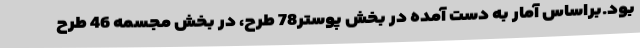
بود.براساس آمار به دست آمده در بخش پوستر78 طرح، در بخش مجسمه 46 طرح